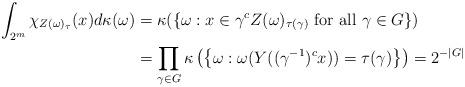
LaTeX: \begin{align*} \int_{2^m} \chi_{Z(\omega)_\tau}(x) d \kappa(\omega) &= \kappa (\{\omega: x \in \gamma^c Z(\omega)_{\tau(\gamma)} \mbox{ for all } \gamma \in G \}) \\ & = \prod_{\gamma \in G}\kappa \left ( \left\{ \omega: \omega(Y((\gamma^{-1})^cx)) = \tau(\gamma) \right\} \right) = 2^{-|G|} \end{align*}